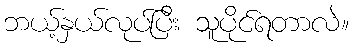
ဘယ့်နှယ်လုပ်ပြီး သူပိုင်ရတာလဲ။